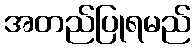
အတည်ပြုရမည်